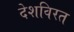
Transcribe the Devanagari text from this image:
देशविरत